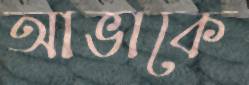
আভাকে